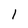
Character: l